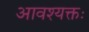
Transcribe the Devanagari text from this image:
आवश्यक्तः